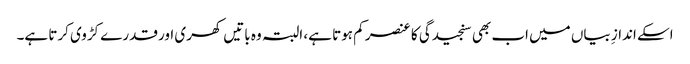
اسکے اندازِ بیاں میں اب بھی سنجیدگی کا عنصر کم ہوتا ہے، البتہ وہ باتیں کھری اور قدرے کڑوی کرتا ہے۔